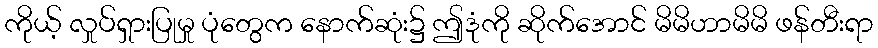
ကိုယ့် လှုပ်ရှားပြုမှု ပုံတွေက နောက်ဆုံး၌ ဤဒုံကို ဆိုက်အောင် မိမိဟာမိမိ ဖန်တီးရာ